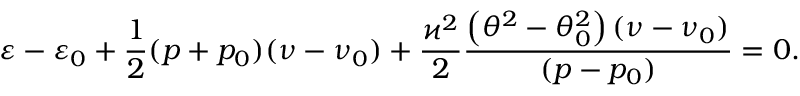
\varepsilon - \varepsilon _ { 0 } + \frac { 1 } { 2 } ( p + p _ { 0 } ) ( \nu - \nu _ { 0 } ) + \frac { \varkappa ^ { 2 } } { 2 } \frac { \left( \theta ^ { 2 } - \theta _ { 0 } ^ { 2 } \right) ( \nu - \nu _ { 0 } ) } { ( p - p _ { 0 } ) } = 0 .